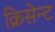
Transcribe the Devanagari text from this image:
क्रिसेन्‍ट